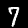
Label: 7